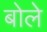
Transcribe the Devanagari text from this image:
बोलेे